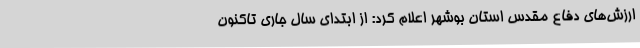
ارزش‌های دفاع مقدس استان بوشهر اعلام کرد: از ابتدای سال جاری تاکنون